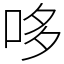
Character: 哆